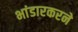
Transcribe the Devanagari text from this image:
भांडारकरने